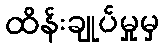
ထိန်းချုပ်မှုမှ